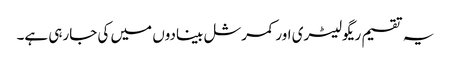
یہ تقسیم ریگولیٹری اور کمرشل بینادوں میں کی جارہی ہے۔